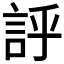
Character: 𧦝